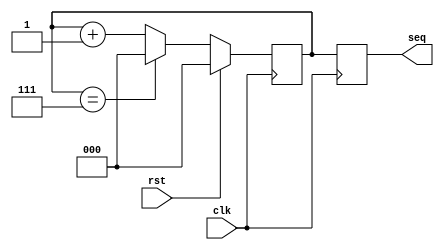
 module Sequence_Generator (
    input clk,         
    input rst,         
    output reg [2:0] seq   
 );

    reg [2:0] count;      // Counter to track the sequence

 always @(posedge clk) 
  begin
    if (rst) 
        count <= 3'b000; 
    else begin
        if (count == 3'b111) // If the count reaches 7, reset to 0
            count <= 3'b000;
        else
            count <= count + 1; // Otherwise, increment count
    end
            seq <= count; 
  end

//   assign seq = count;   // Assign the output to the count

 endmodule